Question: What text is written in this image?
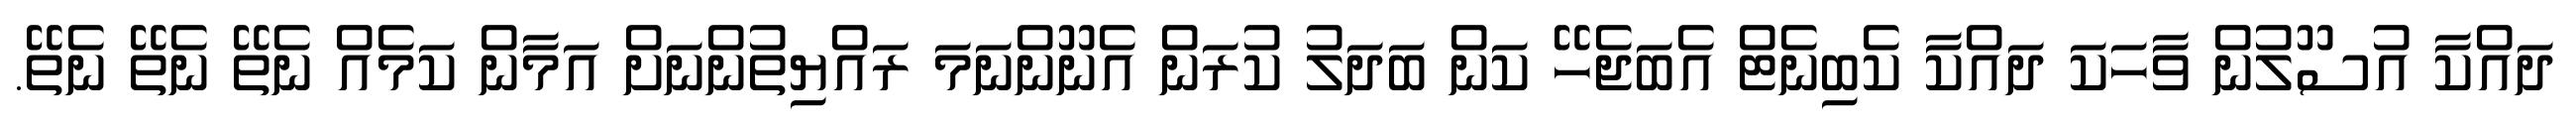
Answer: ދައްކާ އުސޫލުން ވާހަކަ ދައްކާ ކެބިނެޓް އެބަޖެހޭ ކަން ބަދަލު ކުރަން އެނޫންނަމަ ރައްޔިތުންނަށް އަމާން ކަމެއް ނެތޭ ނެތޭ ނެތޭ.